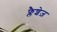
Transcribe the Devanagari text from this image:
फ्लैशेज़